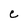
Character: e